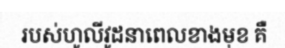
របស់ហូលីវូដនាពេលខាងមុខ គឺ